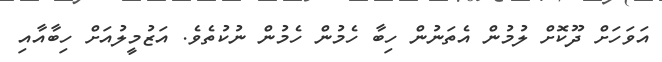
އަވަހަށް ދޫކޮށް ލުމުން އެތަނުން ހިބާ ހެމުން ހެމުން ނުކުތެވެ. އަޒުމީލުއަށް ހިބާއާއި